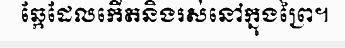
ឆ្កែដែលកើតនិងរស់នៅក្នុងព្រៃ។